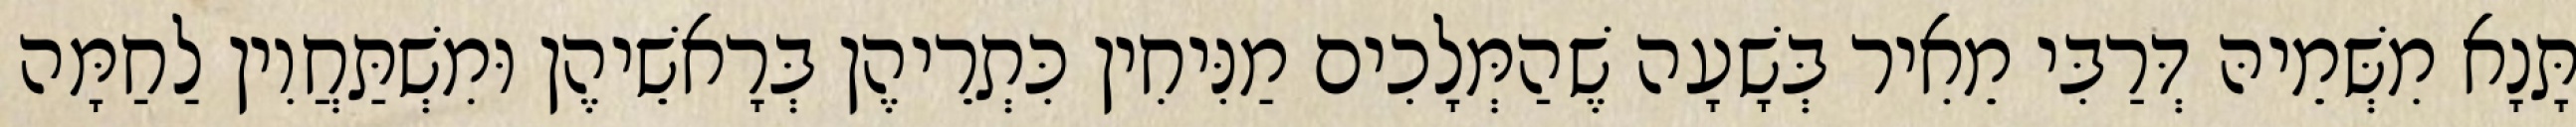
תָּנָא מִשְּׁמֵיהּ דְּרַבִּי מֵאִיר בְּשָׁעָה שֶׁהַמְּלָכִים מַנִּיחִין כִּתְרֵיהֶן בְּרָאשֵׁיהֶן וּמִשְׁתַּחֲוִין לַחַמָּה